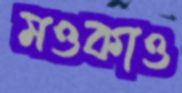
মওকাও